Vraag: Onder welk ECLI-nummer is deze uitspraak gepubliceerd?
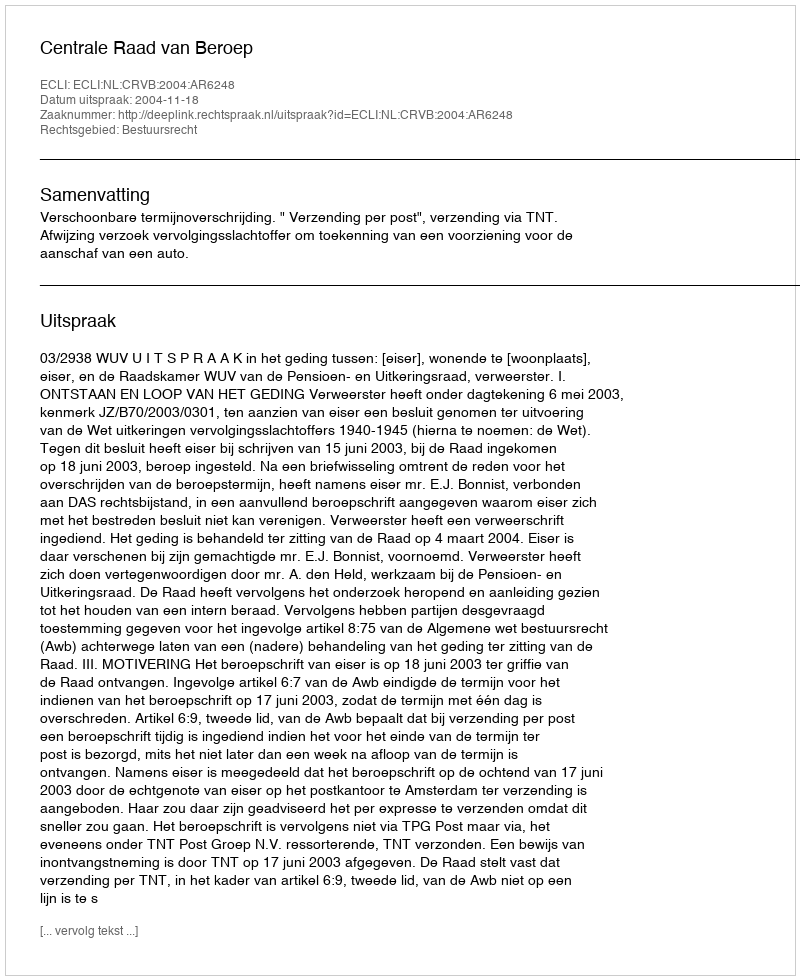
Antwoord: ECLI:NL:CRVB:2004:AR6248